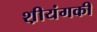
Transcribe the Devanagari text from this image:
श़ीयंगकी